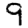
Digit: 9